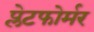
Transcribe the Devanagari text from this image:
प्लेटफोर्मर